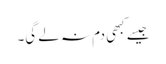
جیسے کبھی دم نہ لے گی۔